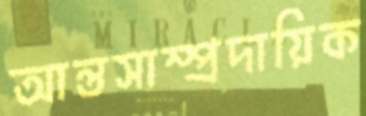
আন্তসাম্প্রদায়িক